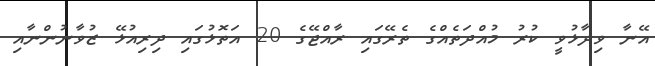
އޭނާ ވިދާޅުވީ ކުރު މުއްދަތެއްގެ ތެރޭގައި ރާއްޖޭގެ 20 އަތޮޅުގައި ދިރިއުޅޭ ޒުވާނުންނާއި